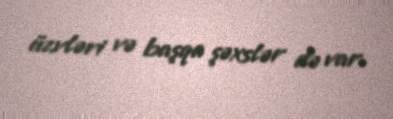
üzvləri və başqa şəxslər də var.